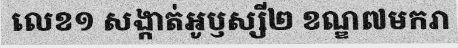
លេខ១ សង្កាត់អូឫស្សី២ ខណ្ឌ៧មករា